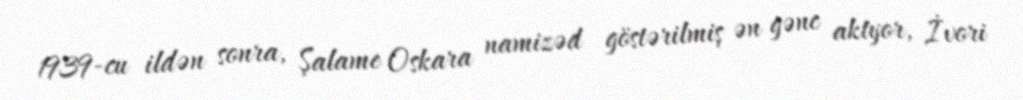
1939-cu ildən sonra, Şalame Oskara namizəd göstərilmiş ən gənc aktyor, İvori